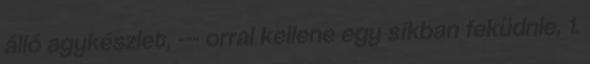
álló agykészlet, --- orral kellene egy síkban feküdnie, 1.